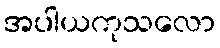
အပါယကုသလော